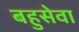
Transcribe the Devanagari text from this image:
बहुसेवा